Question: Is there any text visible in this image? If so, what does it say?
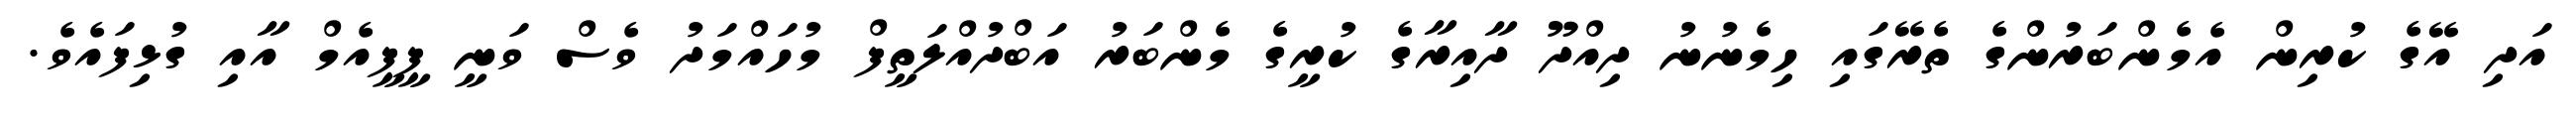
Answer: އަދި އޭގެ ކުރިން އެމެންބަރުންގެ ތެރޭގައި ހިމެނުނު ދިއްދޫ ދާއިރާގެ ކުރީގެ މެންބަރު އަބްދުއްލަތީފް މުހައްމަދު ވެސް ވަނީ ޕީޕީއެމް އާއި ގުޅިފައެވެ.